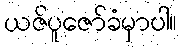
ယဇ်ပူဇော်ခံမှာပါ။